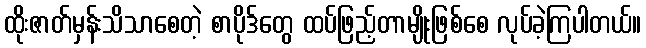
ထိုးဇာတ်မှန်းသိသာစေတဲ့ စာပိုဒ်တွေ ထပ်ဖြည့်တာမျိုးဖြစ်စေ လုပ်ခဲ့ကြပါတယ်။